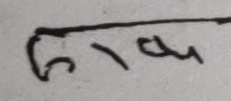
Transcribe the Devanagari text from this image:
६१ख